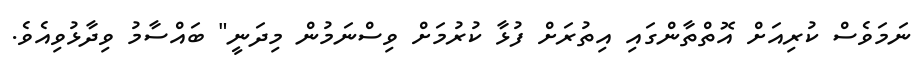
ނަމަވެސް ކުރިއަށް އޮތްތާންގައި އިތުރަށް ފުޅާ ކުރުމަށް ވިސްނަމުން މިދަނީ" ބައްސާމު ވިދާޅުވިއެވެ.